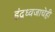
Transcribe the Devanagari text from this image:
इंद्रध्वजाचेही